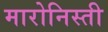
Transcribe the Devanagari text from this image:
मारोनिस्ती